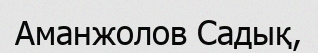
Аманжолов Садық,